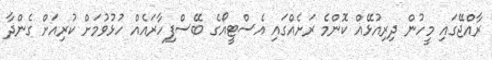
ރާއްޖޭގައި މީހުން ދިރިއުޅޭއް ކޮންމެ ރަށެއްގައި އެސްޓީއޯގެ ބޭސްފިހާރައެއް ހުޅުވުމަށް ކުރިއަށް ގެންދާ